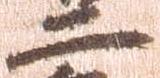
二